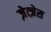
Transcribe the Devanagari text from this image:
ज़ेत्ज़ेस